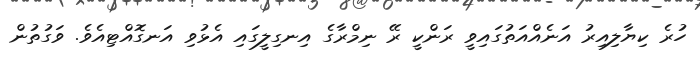
ހުރެ ކިޔާލިއިރު އަނެއްއަތުގައިވީ ރަންކީ ރޭ ނިމްރާގެ އިނގިލީގައި އެޅުވި އަނގޮއްޓިއެވެ. ވަގުތުން